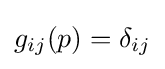
g_{ij}(p)=\delta _{ij}